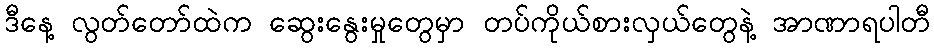
ဒီနေ့ လွတ်တော်ထဲက ဆွေးနွေးမှုတွေမှာ တပ်ကိုယ်စားလှယ်တွေနဲ့ အာဏာရပါတီ